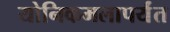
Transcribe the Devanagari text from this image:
योनिकमलापर्यंत